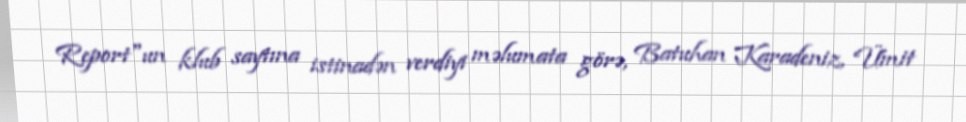
Report"un klub saytına istinadən verdiyi məlumata görə, Batuhan Karadeniz, Ümit